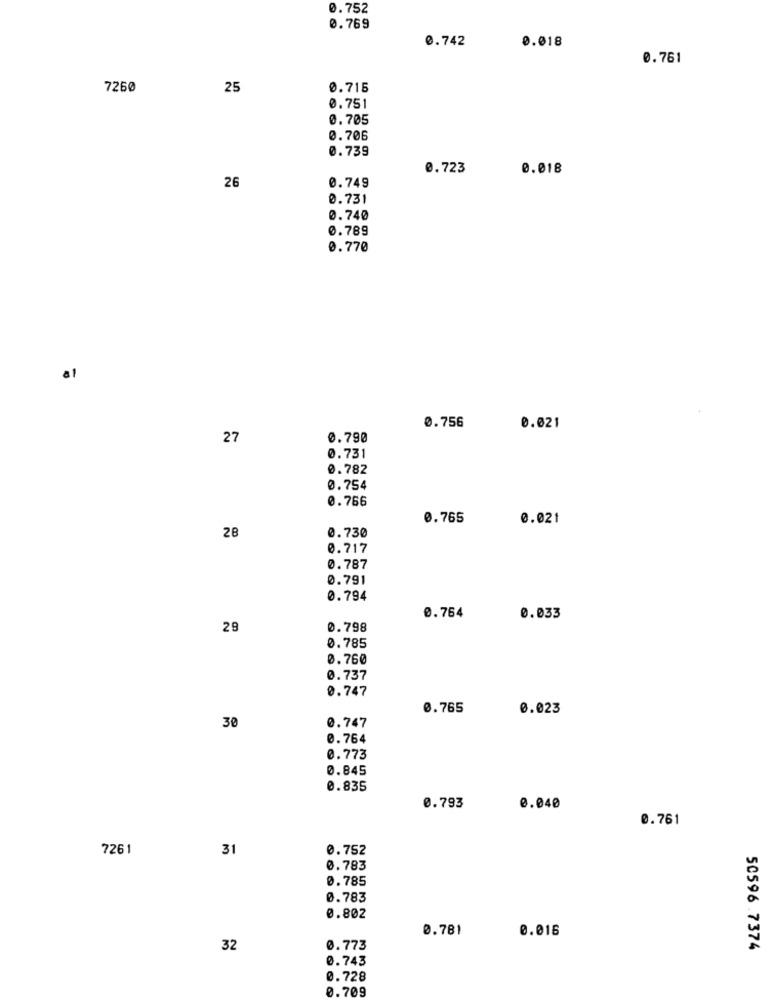
0.752
0.769
0.742
0.018
0.761
7250
25
0.715
0.751
0.705
0.706
0.739
0.723
0.018
26
0.749
0.731
0.740
0.789
0.770
a1
0.756
0.021
27
0.790
0.731
0.782
0.754
0.766
0.765
0.021
28
0.730
0.717
0.787
0.791
0.794
0.764
0.033
29
0.798
0.785
0.760
0.737
0.747
0.765
0.023
30
0.747
0.764
0.773
0.845
0.835
0.793
0.040
0.761
7261
31
0.752
0.783
0.785
0.783
0.802
0.781
0.016
32
0.773
50596.7374
0.743
0.728
0.709